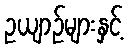
ဥယျာဉ်များနှင့်